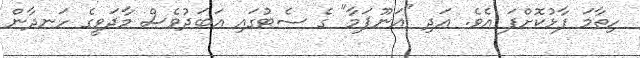
ހިތާމަ ފާޅުކޮށްފަ އެވެ. އަދި "އަނޫޕަމާ" ގެ ސެޓުގައި އަބަދުވެސް މާދަވީގެ ހަނދާން